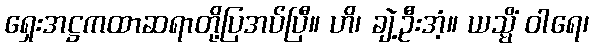
ရှေးအဋ္ဌကထာဆရာတို့ပြအပ်ပြီ။ ဟိ၊ ချဲ့ဦးအံ့။ ယသ္မိံ ဝါရေ၊